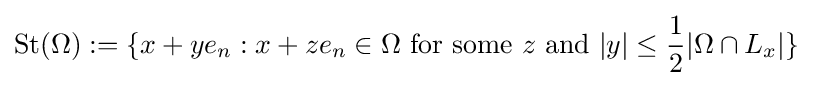
\operatorname {St} (\Omega ):=\{x+ye_{n}:x+ze_{n}\in \Omega {\text{ for some }}z{\text{ and }}|y|\leq {\frac {1}{2}}|\Omega \cap L_{x}|\}